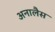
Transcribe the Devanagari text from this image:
अनालैस